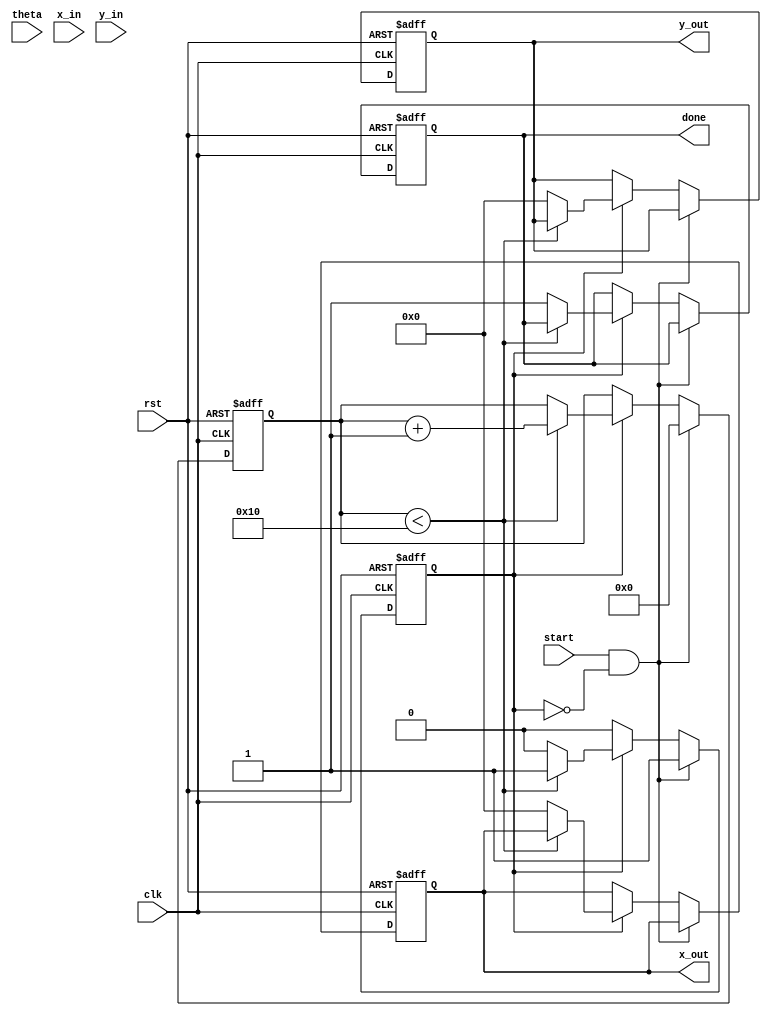
module cordic(
    input clk,
    input rst,
    input start,
    input signed [15:0] theta, // Input angle (fixed-point representation)
    input signed [15:0] x_in,   // Input x-coordinate
    input signed [15:0] y_in,   // Input y-coordinate
    output reg signed [15:0] x_out, // Output x-coordinate
    output reg signed [15:0] y_out, // Output y-coordinate
    output reg done // Completion status
);

    parameter N = 16; // Number of iterations
    parameter SCALE_FACTOR = 16'h26DD; // Scaling factor (fixed-point)
    
    reg signed [15:0] atan_lut [0:N-1]; // Lookup table for arctangent values
    reg signed [15:0] x [0:N]; // Internal x values
    reg signed [15:0] y [0:N]; // Internal y values
    reg signed [15:0] theta_reg; // Current angle
    reg [3:0] iteration; // Iteration counter
    reg computing; // Computing state

    initial begin
        // Pre-compute arctangent values (fixed-point representation)
        atan_lut[0] = 16'h2000; // atan(1) = /4 in fixed-point
        atan_lut[1] = 16'h1000; // atan(1/2) = /6 in fixed-point
        atan_lut[2] = 16'h0800; // atan(1/4) = /12 in fixed-point
        atan_lut[3] = 16'h0400; // atan(1/8) = /24 in fixed-point
        // ... Fill in the rest of the LUT as needed
    end

    always @(posedge clk or posedge rst) begin
        if (rst) begin
            x_out <= 16'b0;
            y_out <= 16'b0;
            done <= 1'b0;
            iteration <= 0;
            computing <= 1'b0;
        end else if (start && !computing) begin
            // Initialize
            computing <= 1'b1;
            x[0] <= x_in;
            y[0] <= y_in;
            theta_reg <= theta;
            iteration <= 0;
        end else if (computing) begin
            if (iteration < N) begin
                // CORDIC rotation logic
                if (theta_reg < 0) begin
                    // Rotate clockwise
                    x[iteration + 1] <= x[iteration] + (y[iteration] >>> iteration);
                    y[iteration + 1] <= y[iteration] - (x[iteration] >>> iteration);
                    theta_reg <= theta_reg + atan_lut[iteration];
                end else begin
                    // Rotate counterclockwise
                    x[iteration + 1] <= x[iteration] - (y[iteration] >>> iteration);
                    y[iteration + 1] <= y[iteration] + (x[iteration] >>> iteration);
                    theta_reg <= theta_reg - atan_lut[iteration];
                end
                iteration <= iteration + 1;
            end else begin
                // Final output calculation
                x_out <= x[N] * SCALE_FACTOR >>> 16; // Scale the output
                y_out <= y[N] * SCALE_FACTOR >>> 16; // Scale the output
                done <= 1'b1;
                computing <= 1'b0; // Reset computing state
            end
        end
    end

endmodule